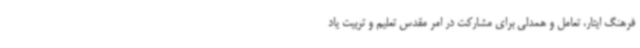
فرهنگ ایثار، تعامل و همدلی برای مشارکت در امر مقدس تعلیم و تربیت یاد